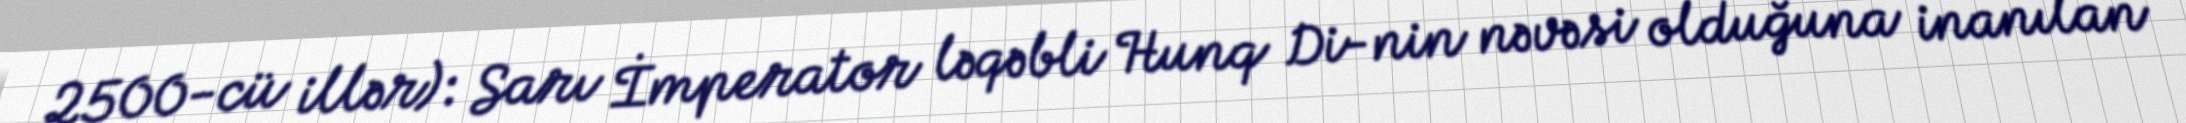
2500-cü illər): Sarı İmperator ləqəbli Hunq Di-nin nəvəsi olduğuna inanılan